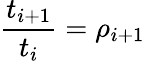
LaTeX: \frac{t_{i+1}}{t_{i}}=\rho_{i+1}